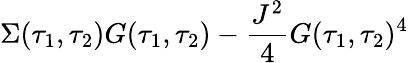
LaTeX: \Sigma(\tau_{1},\tau_{2})G(\tau_{1},\tau_{2})-\frac{J^{2}}{4}G(\tau_{1},\tau_{2})^{4}